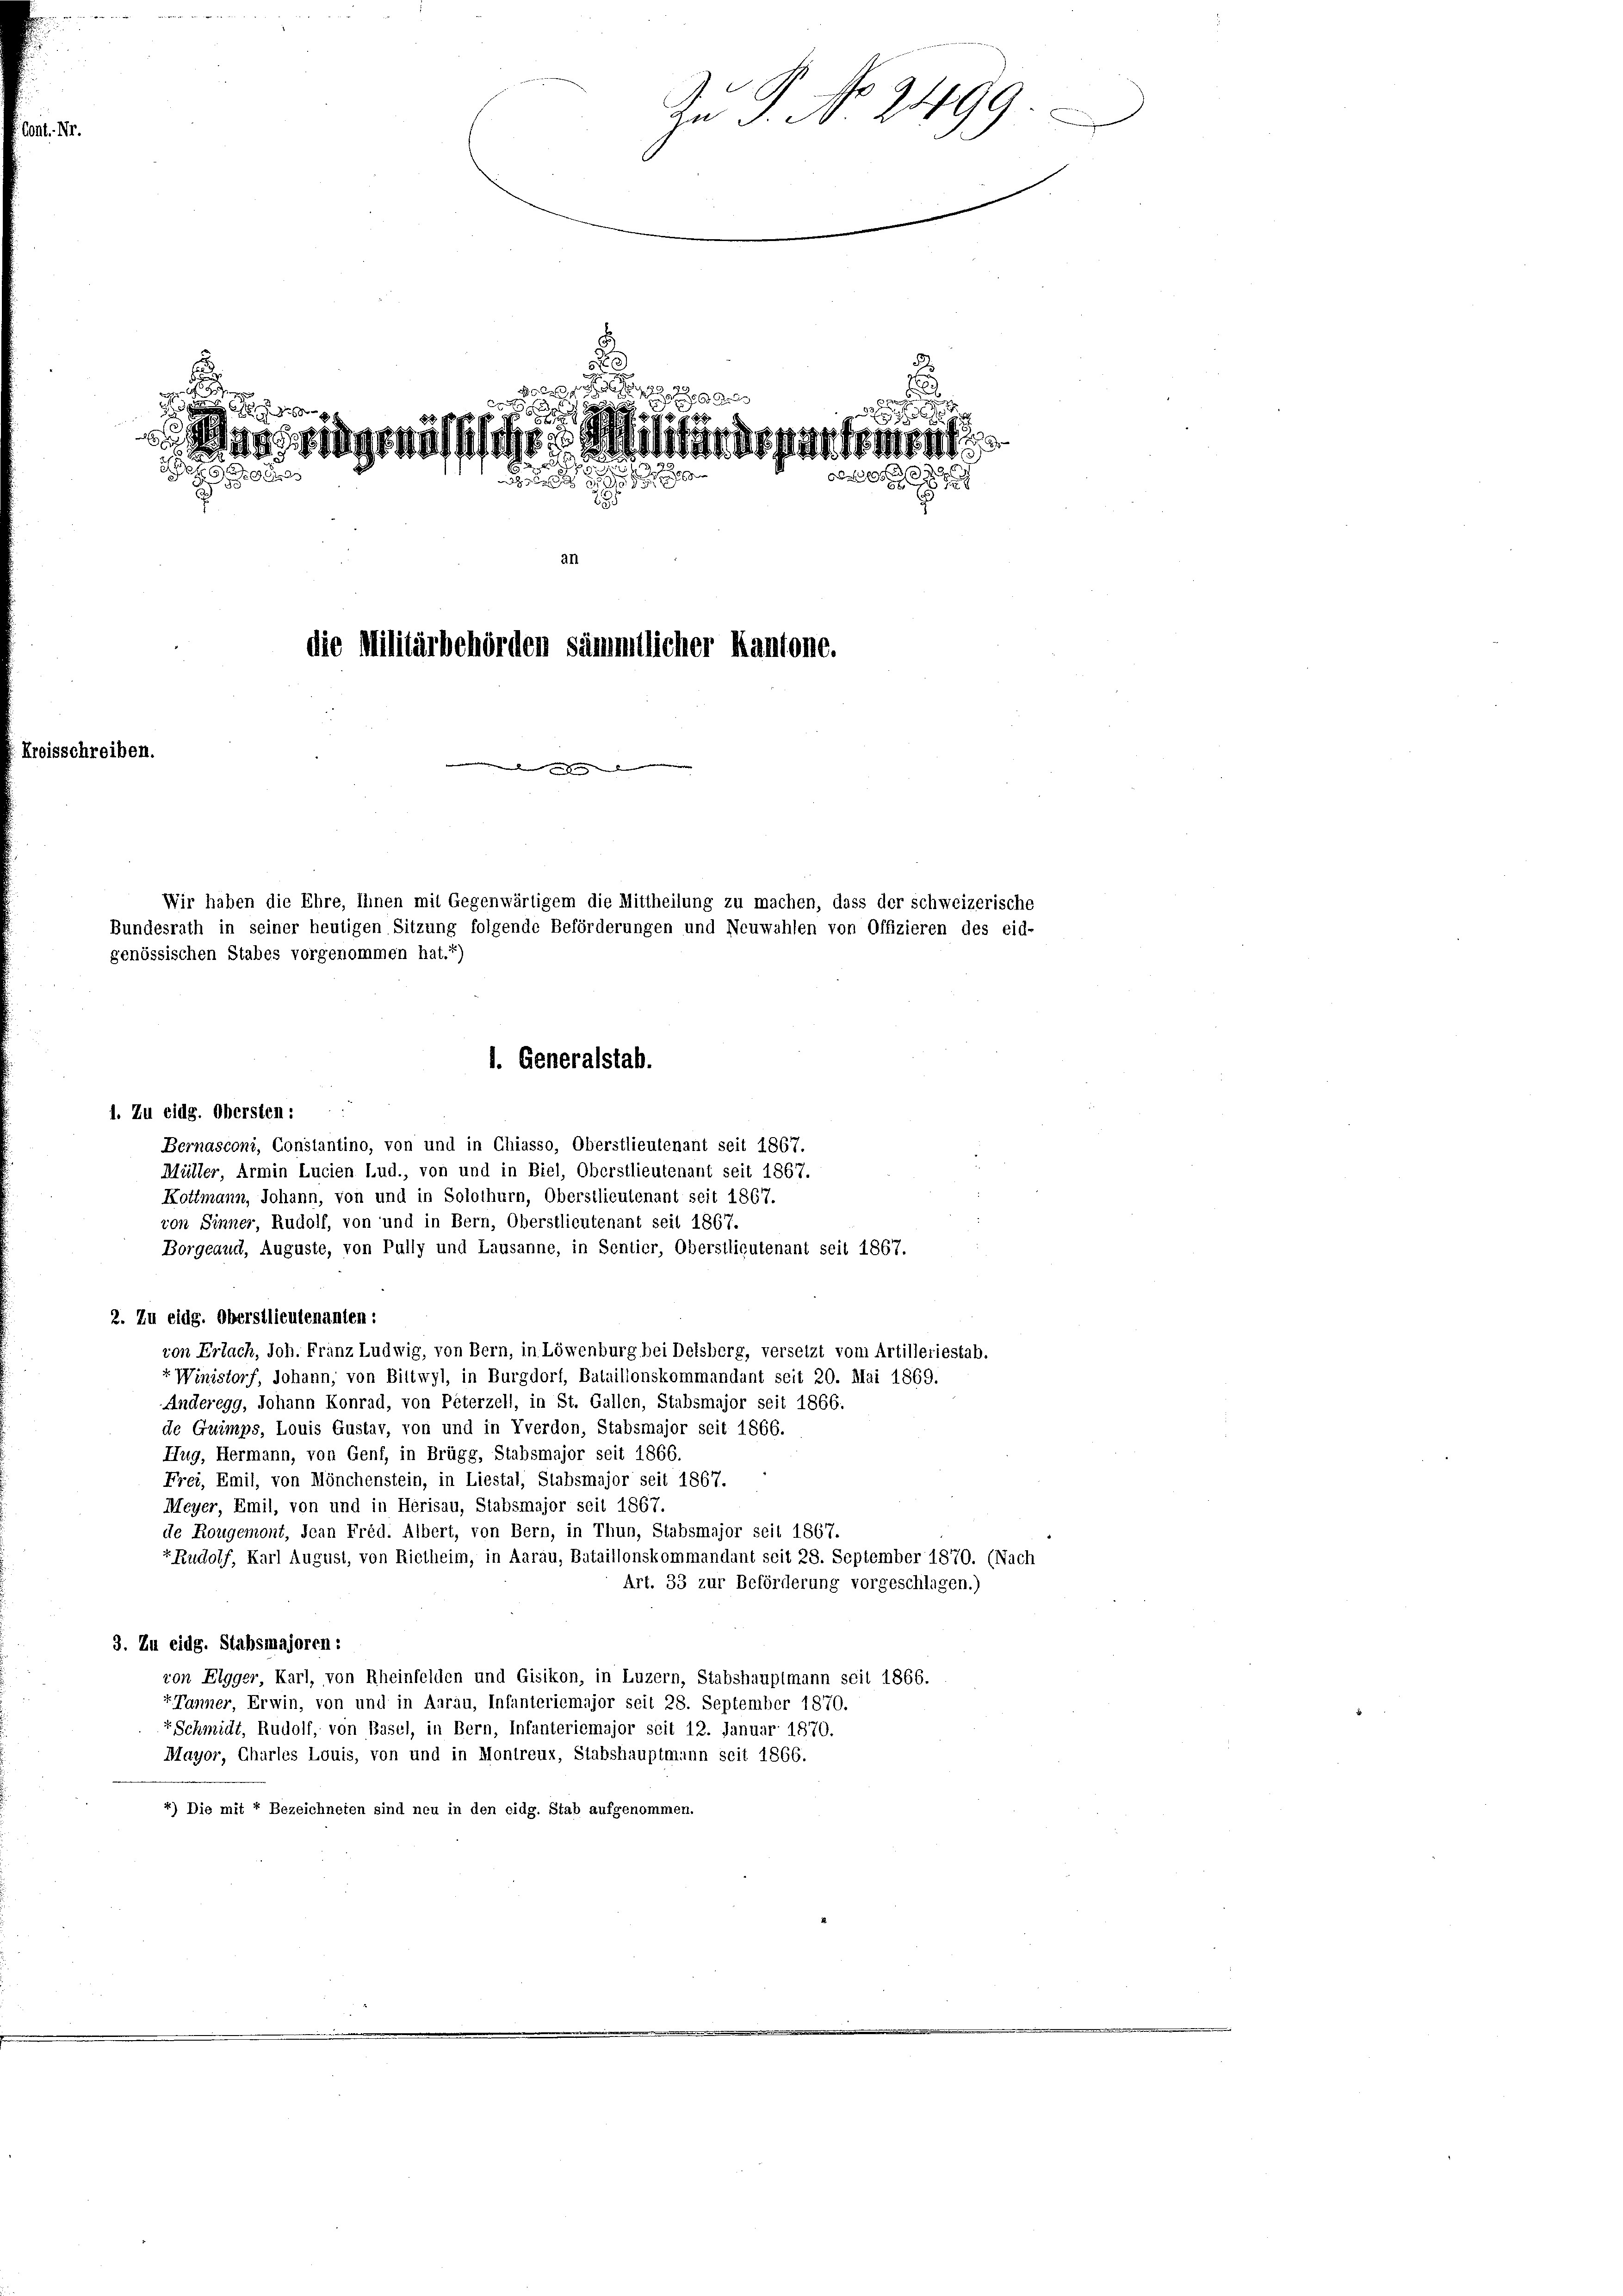
freisschreiben.

grässliche Militärdepartement
d
3
0

an
die Militärbehörden sämmtlicher Kantone.
an den an den von den |

Zu P. No 2499.

Wir haben die Ehre, Ihnen mit Gegenwärtigem die Mittheilung zu machen, dass der schweizerische
Bundesrath in seiner heutigen Sitzung folgende Beförderungen und Neuwahlen von Offizieren des eid-
genössischen Stabes vorgenommen hat.1)

1. Zu eidg. Obersten:
Bernasconi, Constantino, von und in Chiasso, Oberstlieutenant seit 1867.
Müller, Armin Lucien Lud., von und in Biel, Oberstlieutenant seit 1867.
Koffmann, Johann, von und in Solothurn, Oberstlieutenant seit 1867.
von Sinner, Rudolf, von und in Bern, Oberstlieutenant seit 1867.
Borgeaud, Auguste, von Pully und Lausanne, in Sentier, Oberstlieutenant seit 1867.
2. Zu eidg. Oberstlieutenanten:
von Erlach, Joh. Franz Ludwig, von Bern, in Löwenburg bei Delsberg, versetzt vom Artilleriestab.
t Winistorf, Johann, von Biltwyl, in Burgdorf, Bataillonskommandant seit 20. Mai 1869.
Anderegg, Johann Konrad, von Peterzell, in St. Gallen, Stabsmajor seit 1866.
de Guimps, Louis Gustav, von und in Yverdon, Stabsmajor seit 1866.
Hug, Hermann, von Genf, in Brügg, Stabsmajor seit 1866.
Frei, Emil, von Mönchenstein, in Liestal, Stabsmajor seit 1867.
Meyer, Emil, von und in Herisau, Stabsmajor seil 1867.
de Rougemont, Jean Fréd. Albert, von Bern, in Thun, Stabsmajor seit 1867.
r Rudolf, Karl August, von Rietheim, in Aarau, Bataillonskommandant seit 28. September 1870. (Nach
Art. 33 zur Beförderung vorgeschlagen.)
3. Zu eidg. Stabsmajoren :
ron Elgger, Karl, von Rheinfelden und Gisikon, in Luzern, Stabshauptmann seit 1866.
Panner, Erwin, von und in Aarau, Infantericmajor seit 28. September 1870.
“Schmidt, Rudolf, von Basel, in Bern, Infantericmajor seit 12. Januar 1870.
Mayor, Charles Louis, von und in Montreux, Stabshauptmann seit 1866.
4) Die mit 7 Bezeichneten sind neu in den eidg. Stab aufgenommen.

1. Generalstab.